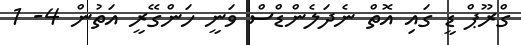
ގްރޫޕް ޑީ ގައި އޮތް ނެދަލެންޑްސް ވަނީ ހަންގޭރީ އަތުން 4- 1